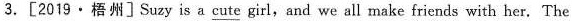
3. [2019·梧州] Suzy is a cute girl,and we all make friends with her. The